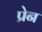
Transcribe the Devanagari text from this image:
प्रेन